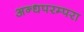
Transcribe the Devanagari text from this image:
अन्धपरम्परा